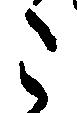
こ